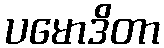
ပမောဒိတာ